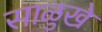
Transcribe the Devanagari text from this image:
साळुखे